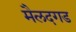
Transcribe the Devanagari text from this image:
मैलदगड